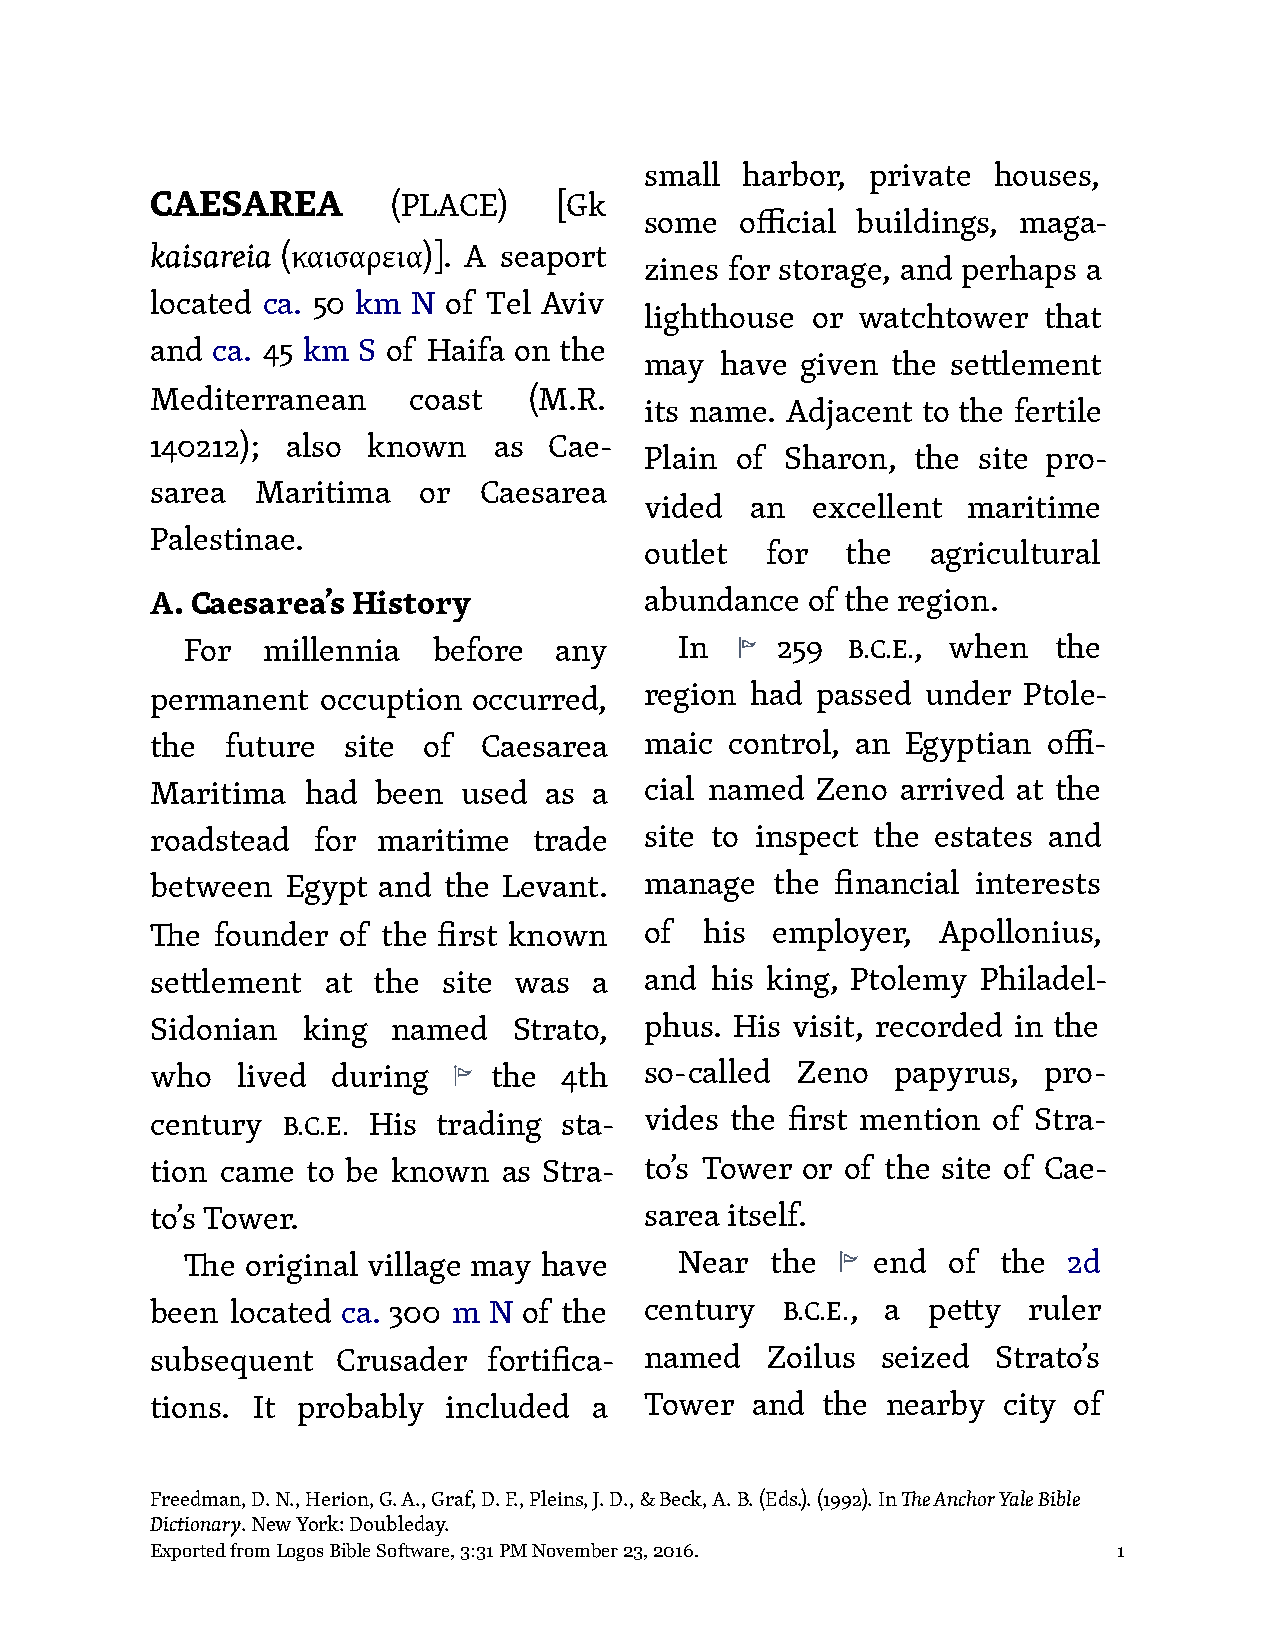
small harbor,  private houses,
 CAESAREA        (PLACE)    [Gk
 some  official buildings, maga-
 kaisareia (καισαρεια)]. A seaport
 zines for storage, and perhaps a
 located ca. 50 km N of Tel Aviv
 lighthouse or watchtower  that
 and ca. 45 km S of Haifa on the
 may  have given the se"lement
 Mediterranean    coast   (M.R.
 its name. Adjacent to the fertile
 140212); also known    as Cae-
 Plain of Sharon,  the site pro-
 sarea  Maritima   or  Caesarea
 vided  an  excellent maritime
 Palestinae.
 outlet  for  the   agricultural
 A. Caesarea’s History            abundance of the region.
 For  millennia   before  any     In    259  B.C.E., when  the
 permanent  occuption occurred,   region had passed under  Ptole-
 the  future  site of  Caesarea   maic control, an Egyptian offi-
 Maritima  had  been  used as a   cial named Zeno  arrived at the
 roadstead  for maritime  trade   site to inspect the estates and
 between  Egypt and the Levant.   manage  the financial interests
 !e  founder of the first known   of  his employer,  Apollonius,
 se"lement   at the site was  a   and his king, Ptolemy Philadel-
 Sidonian  king  named   Strato,  phus. His visit, recorded in the
 who   lived during    the  4th   so-called Zeno  papyrus,  pro-
 century  B.C.E. His trading sta- vides the first mention of Stra-
 tion came to be known  as Stra-  to’s Tower or of the site of Cae-
 to’s Tower.                      sarea itself.
 !e  original village may have    Near  the    end  of the  2d
 been located ca. 300 m N of the  century  B.C.E., a pe"y  ruler
 subsequent  Crusader  fortifica- named   Zoilus seized  Strato’s
 tions. It probably included  a   Tower  and the  nearby city of
 Freedman, D. N., Herion, G. A., Graf, D. F., Pleins, J. D., & Beck, A. B. (Eds.). (1992). In !e Anchor Yale Bible
 Dictionary. New York: Doubleday.
 Exported from Logos Bible Software, 3:31 PM November 23, 2016.  1